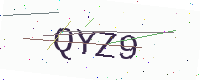
Text: QYZ9